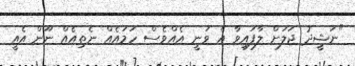
"ނަޝީދު ޖަލަށް ލާފައިވާ އެ ވަނީ އެއްވެސް ހަމައެއް ނެތިއެއް ނޫން އެއީ